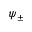
\psi _ { \pm }